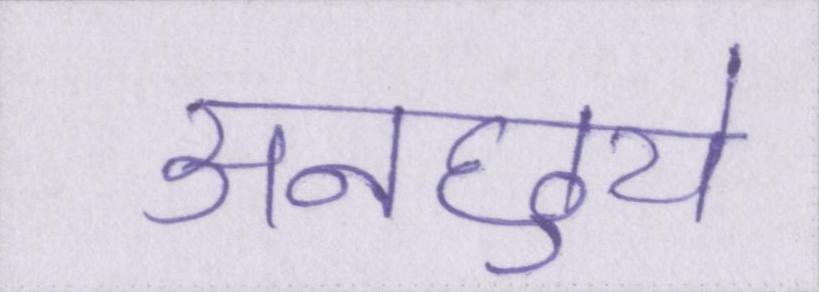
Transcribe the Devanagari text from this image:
अनछुये